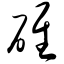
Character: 碓